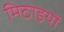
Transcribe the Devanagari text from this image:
मिठाइयो